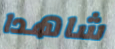
شاهدا